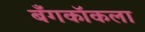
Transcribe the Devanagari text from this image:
बँगकॉकला